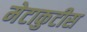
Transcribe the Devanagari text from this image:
मेटाकुटीस